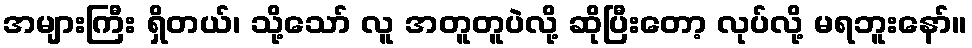
အများကြီး ရှိတယ်၊ သို့သော် လူ အတူတူပဲလို့ ဆိုပြီးတော့ လုပ်လို့ မရဘူးနော်။